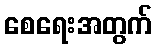
စေရေးအတွက်